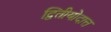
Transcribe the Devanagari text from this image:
द्वितीयोदात्त